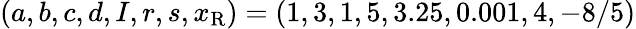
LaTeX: (a,b,c,d,I,r,s,x_{\mathrm{R}})=(1,3,1,5,3.25,0.001,4,-8/5)